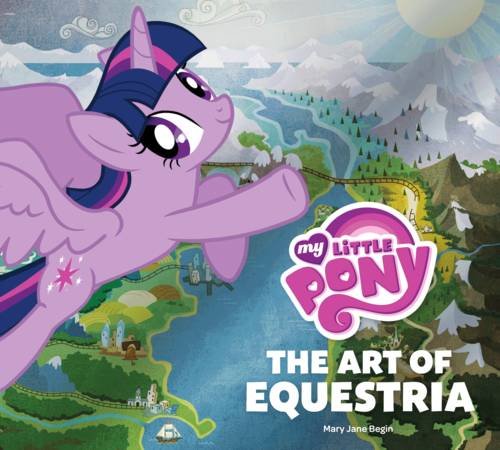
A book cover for My Little Pony: The Art of Equestria; Inc. Hasbro; Humor & Entertainment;